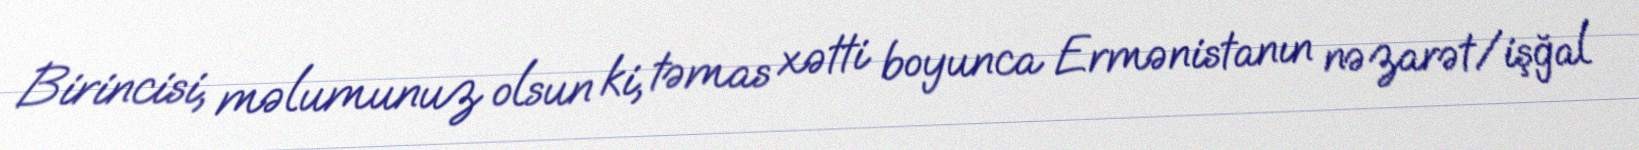
Birincisi, məlumunuz olsun ki, təmas xətti boyunca Ermənistanın nəzarət/işğal